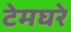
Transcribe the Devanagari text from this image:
टेमघरे